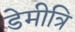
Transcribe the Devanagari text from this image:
डेमीत्रि